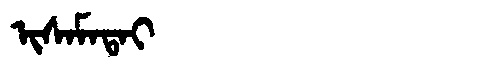
Manchu: ᡳᠰᠠᠮᠠᡨᠠᡳ
Romanization: ISAMATAI